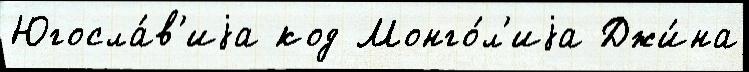
Югосла́в'иjа код Монго́л'иjа Джи́на